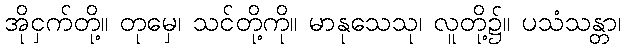
အိုငှက်တို့။ တုမှေ၊ သင်တို့ကို။ မာနုသေသု၊ လူတို့၌။ ပသံသန္တာ၊